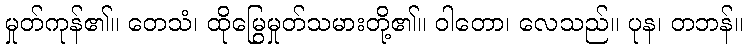
မှုတ်ကုန်၏။ တေသံ၊ ထိုမြွေမှုတ်သမားတို့၏။ ဝါတော၊ လေသည်။ ပုန၊ တဘန်။